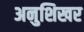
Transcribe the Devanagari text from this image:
अनुशिखर